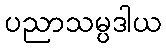
ပညာသမ္ပဒါယ